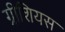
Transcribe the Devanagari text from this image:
ग्रीशियस